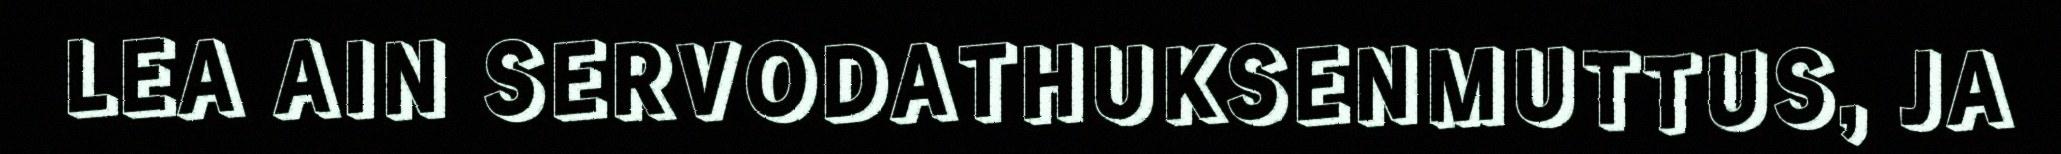
LEA AIN SERVODATHUKSENMUTTUS, JA